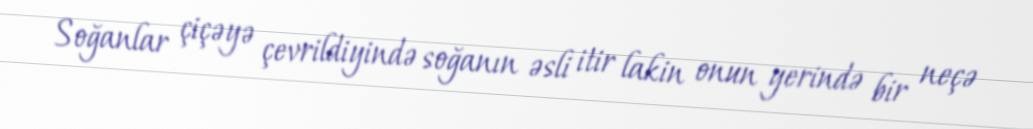
Soğanlar çiçəyə çevrildiyində soğanın əsli itir lakin onun yerində bir neçə